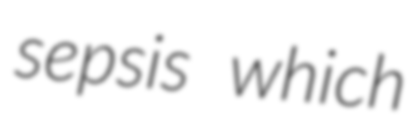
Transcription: sepsis which